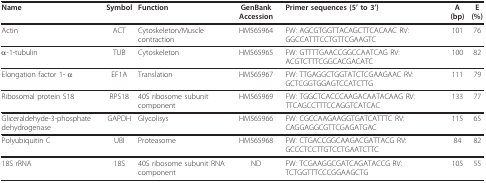
<table><thead><tr><td><b>Name</b></td><td><b>Symbol</b></td><td><b>Function</b></td><td><b>GenBank Accession</b></td><td><b>Primer sequences (5&#x27; to 3&#x27;)</b></td><td><b>A (bp)</b></td><td><b>E (%)</b></td></tr></thead><tbody><tr><td>Actin</td><td>ACT</td><td>Cytoskeleton/Muscle contraction</td><td>HM565964</td><td>FW: AGCGTGGTTACAGCTTCACAAC RV: GGCCATTTCCTGTTCGAAGTC</td><td>101</td><td>76</td></tr><tr><td>α-1-tubulin</td><td>TUB</td><td>Cytoskeleton</td><td>HM565965</td><td>FW: GTTTTGAACCGGCCAATCAG RV: ACGTCTTTCGGCACGACATC</td><td>100</td><td>82</td></tr><tr><td>Elongation factor 1- α</td><td>EF1A</td><td>Translation</td><td>HM565967</td><td>FW: TTGAGGCTGGTATCTCGAAGAAC RV: GCTCGGTGGAGTCCATCTTG</td><td>111</td><td>79</td></tr><tr><td>Ribosomal protein S18</td><td>RPS18</td><td>40S ribosome subunit component</td><td>HM565969</td><td>FW: TGGCTCACCCAAGACAATACAAG RV: TTCAGCCTTTCCAGGTCATCAC</td><td>133</td><td>77</td></tr><tr><td>Gliceraldehyde-3-phosphate dehydrogenase</td><td>GAPDH</td><td>Glycolisys</td><td>HM565966</td><td>FW: CGCCAAGAAGGTGATCATTTC RV: CAGGAGGCGTTCGAGATGAC</td><td>115</td><td>65</td></tr><tr><td>Polyubiquitin C</td><td>UBI</td><td>Proteasome</td><td>HM565968</td><td>FW: CTGACCGGCAAGACGATTACG RV: GCCCTCCTTGTCCTGAATCTTC</td><td>84</td><td>82</td></tr><tr><td>18S rRNA</td><td>18S</td><td>40S ribosome subunit RNA component</td><td>ND</td><td>FW: TCGAAGGCGATCAGATACCG RV: TCTGGTTTCCCGGAAGCTG</td><td>105</td><td>55</td></tr></tbody></table>